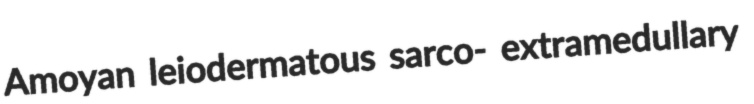
Amoyan leiodermatous sarco- extramedullary